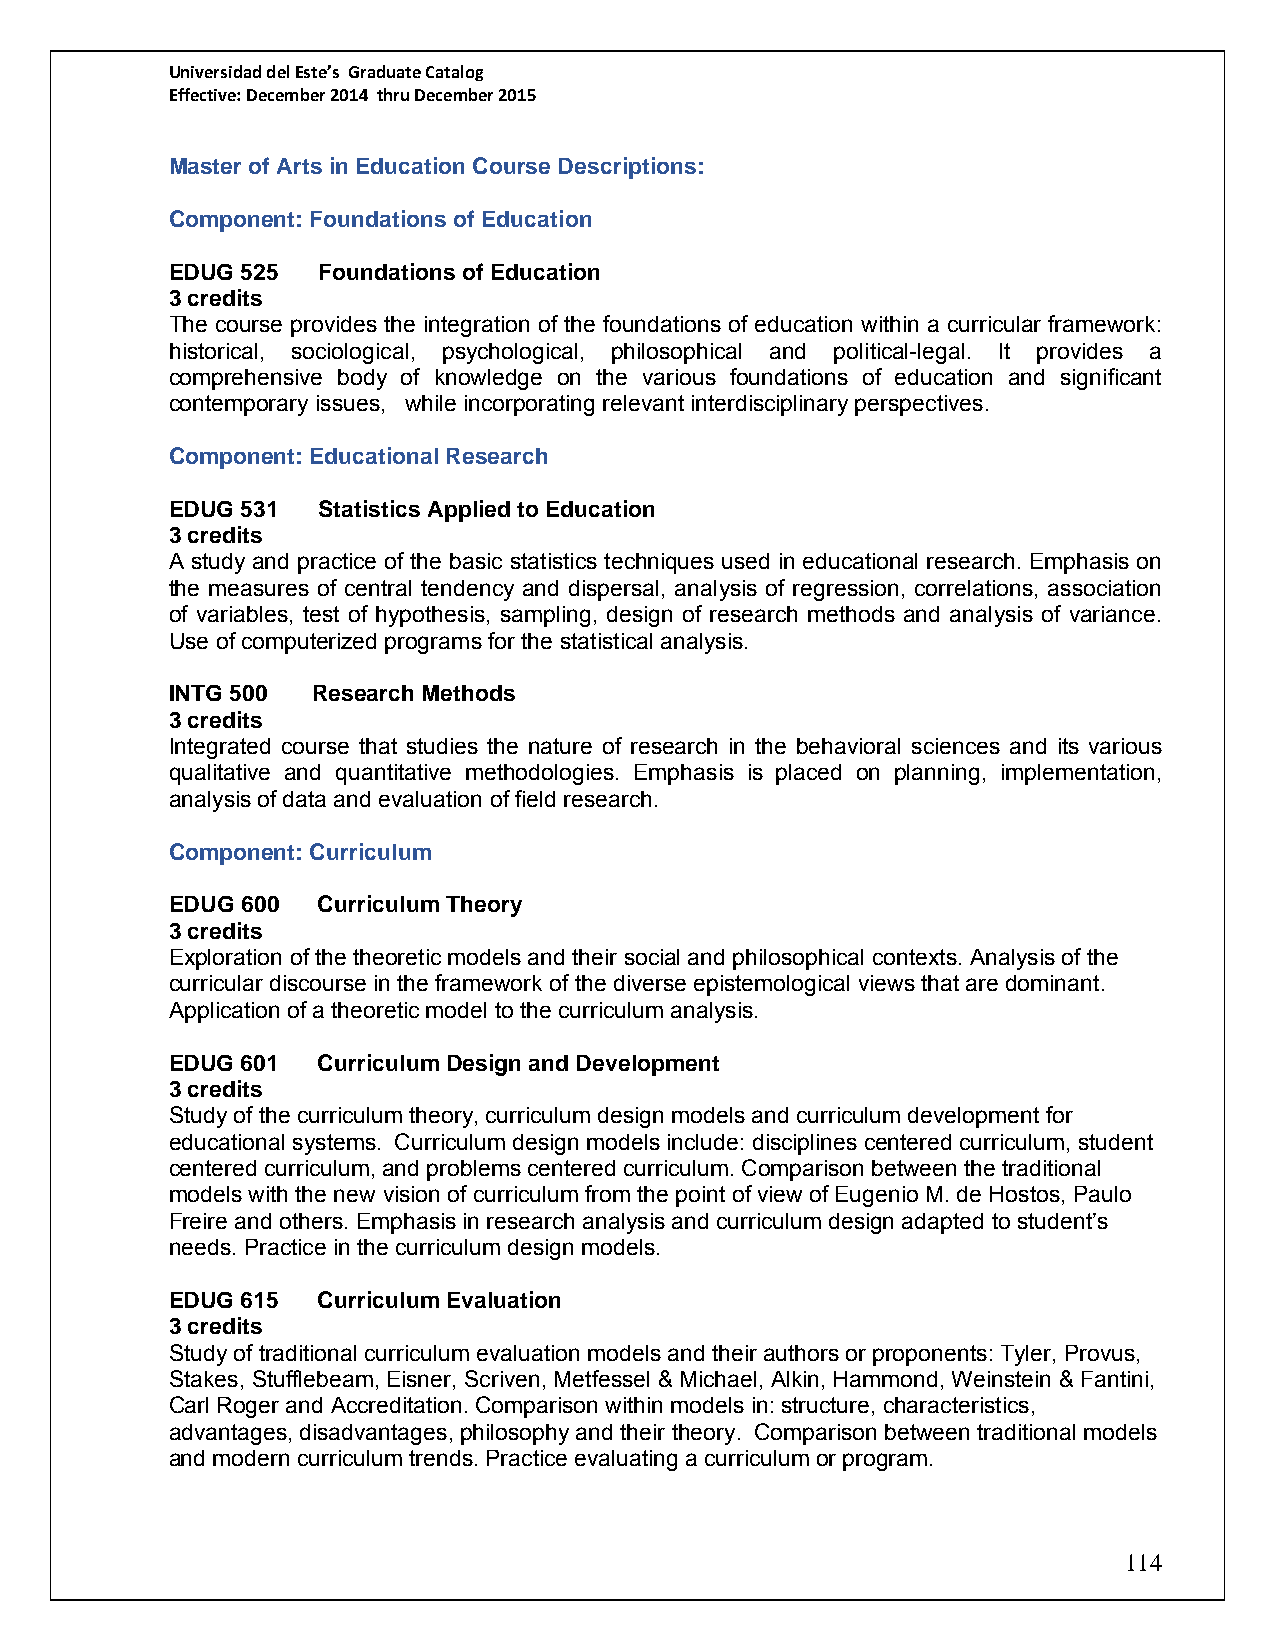
Universidad del Este’s Graduate Catalog
 Effective: December 2014 thru December 2015
 Master of Arts in Education Course Descriptions:
 Component: Foundations of Education
 EDUG 525  Foundations of Education
 3 credits
 The course provides the integration of the foundations of education within a curricular framework:
 historical, sociological, psychological, philosophical and political-legal. It provides a
 comprehensive body of knowledge on the various foundations of education and significant
 contemporary issues, while incorporating relevant interdisciplinary perspectives.
 Component: Educational Research
 EDUG 531  Statistics Applied to Education
 3 credits
 A study and practice of the basic statistics techniques used in educational research. Emphasis on
 the measures of central tendency and dispersal, analysis of regression, correlations, association
 of variables, test of hypothesis, sampling, design of research methods and analysis of variance.
 Use of computerized programs for the statistical analysis.
 INTG 500  Research Methods
 3 credits
 Integrated course that studies the nature of research in the behavioral sciences and its various
 qualitative and quantitative methodologies. Emphasis is placed on planning, implementation,
 analysis of data and evaluation of field research.
 Component: Curriculum
 EDUG 600  Curriculum Theory
 3 credits
 Exploration of the theoretic models and their social and philosophical contexts. Analysis of the
 curricular discourse in the framework of the diverse epistemological views that are dominant.
 Application of a theoretic model to the curriculum analysis.
 EDUG 601  Curriculum Design and Development
 3 credits
 Study of the curriculum theory, curriculum design models and curriculum development for
 educational systems. Curriculum design models include: disciplines centered curriculum, student
 centered curriculum, and problems centered curriculum. Comparison between the traditional
 models with the new vision of curriculum from the point of view of Eugenio M. de Hostos, Paulo
 Freire and others. Emphasis in research analysis and curriculum design adapted to student’s
 needs. Practice in the curriculum design models.
 EDUG 615  Curriculum Evaluation
 3 credits
 Study of traditional curriculum evaluation models and their authors or proponents: Tyler, Provus,
 Stakes, Stufflebeam, Eisner, Scriven, Metfessel & Michael, Alkin, Hammond, Weinstein & Fantini,
 Carl Roger and Accreditation. Comparison within models in: structure, characteristics,
 advantages, disadvantages, philosophy and their theory. Comparison between traditional models
 and modern curriculum trends. Practice evaluating a curriculum or program.
 114